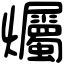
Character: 爥